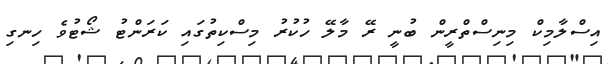
އިސްލާމިކް މިނިސްތްރީން ބުނީ ރޭ މާލޭ ހުކުރު މިސްކިތުގައި ކަރަންޓު ޝޯޓުވެ ހިނގި